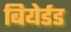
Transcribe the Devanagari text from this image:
बियेर्डड